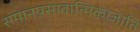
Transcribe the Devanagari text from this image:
समानप्रसावात्मिकाजाति